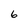
Character: 6